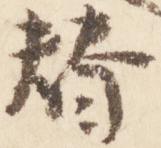
替